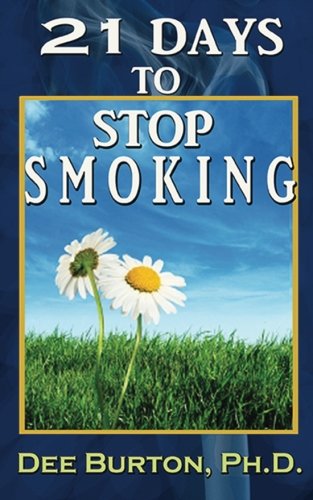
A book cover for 21 Days to Stop Smoking; Dr. Dee Burton; Health, Fitness & Dieting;